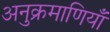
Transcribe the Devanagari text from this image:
अनुक्रमाणियाँ